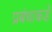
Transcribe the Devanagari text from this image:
प्रबंधाकडे